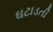
ઘટાડતી